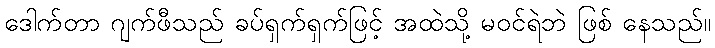
ဒေါက်တာ ဂျက်ဖီသည် ခပ်ရှက်ရှက်ဖြင့် အထဲသို့ မဝင်ရဲဘဲ ဖြစ် နေသည်။